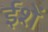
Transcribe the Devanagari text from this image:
ईशें